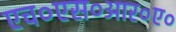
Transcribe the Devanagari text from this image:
एच०एस०आर०ए०